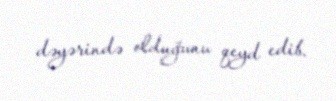
dəyərində olduğunu qeyd edib.